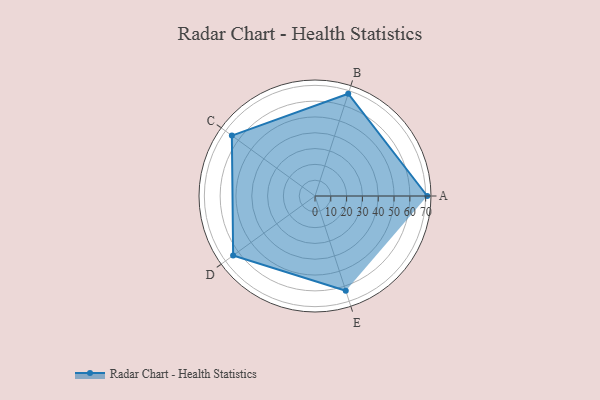
{"axis": {"x": "Skill", "y": "Score"}, "legend": ["Profile"], "data": [{"x": "A", "y": 71.0, "type": "Profile"}, {"x": "B", "y": 68.0, "type": "Profile"}, {"x": "C", "y": 65.0, "type": "Profile"}, {"x": "D", "y": 64.0, "type": "Profile"}, {"x": "E", "y": 63.0, "type": "Profile"}]}